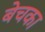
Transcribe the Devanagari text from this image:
बेचका